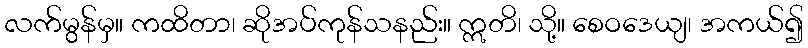
လက်မွန်မှ။ ကထိတာ၊ ဆိုအပ်ကုန်သနည်း။ ဣတိ၊ သို့။ စေဝဒေယျ၊ အကယ်၍